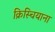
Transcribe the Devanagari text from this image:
क्रिस्चियाना